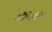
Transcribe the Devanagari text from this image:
औवेर्गने